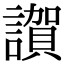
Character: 𧬂